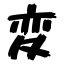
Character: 変